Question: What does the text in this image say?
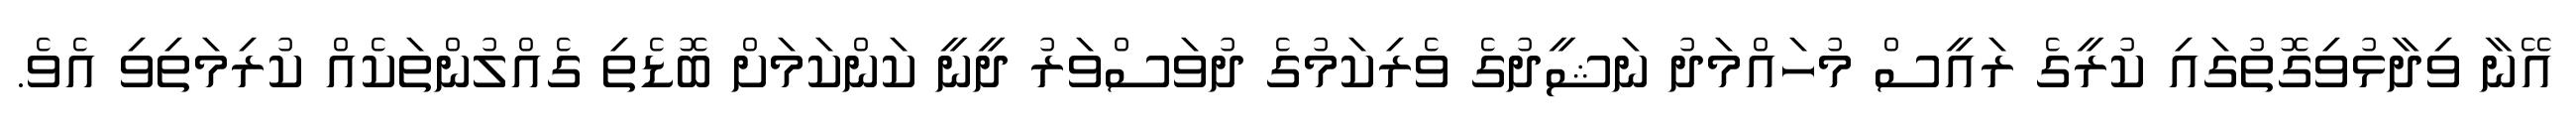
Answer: އޭނާ ވިދާޅުވިގޮތުގައި ކުރީގެ ރައީސް މުހައްމަދު ނަޝީދުގެ ވެރިކަމުގެ ދުވަސްވަރު ދީނީ ކަންކަމަށް ބޮޑެތި ގެއްލުންތަކެއް ކުރިމަތިވި އެވެ.